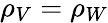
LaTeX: \rho_{V}=\rho_{W}